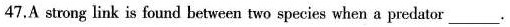
47.A strong link is found between two species when a predator___